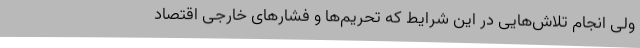
ولی انجام تلاش‌هایی در این شرایط که تحریم‌ها و فشارهای خارجی اقتصاد